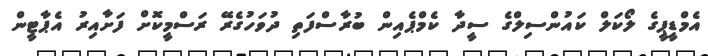
އެމްޑީޕީގެ ލޯކަލް ކައުންސިލްގެ ސީދާ ކެމްޕެއިން ބުރާސްފަތި ދުވަހުގެރޭ ރަސްމީކޮށް ފަށާއިރު އެޕާޓީން